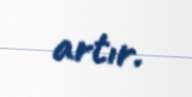
artır.